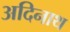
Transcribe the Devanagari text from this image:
अदिनाथ